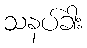
သနပ်ခါး